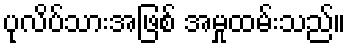
ပုလိပ်သားအဖြစ် အမှုထမ်းသည်။